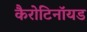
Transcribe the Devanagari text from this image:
कैरोटिनॉयड